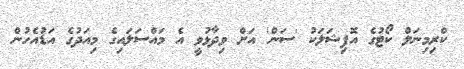
ކްރިމިނަލް ކޯޓުގެ އޮފިޝަލަކު 'ސަން' އަށް ވިދާޅުވީ އެ މައްސަލައިގެ މިއަދުގެ އަޑުއެހުން